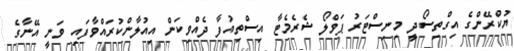
ޔުކްރޭންގެ އިގްތިސޯދީ މިނިސްޓަރު ޕަވްލޯ ޝެރެމެޓާ އިސްތިއުފާ ދެއްވިކަން އިއުލާންކުރައްވާފައި ވަނީ އޭނާގެ